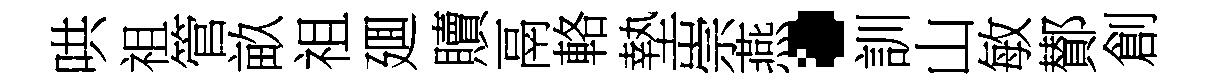
哄祖管畝祖廽贖鬲輅墊崇燕·訓山敏鄼創